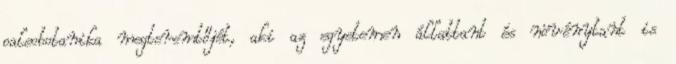
paleobotanika megteremtőjét, aki az egyetemen állattant és növénytant is